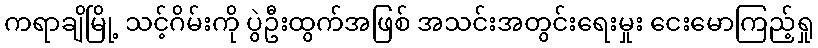
ကရာချိမြို့ သင့်ဂိမ်းကို ပွဲဦးထွက်အဖြစ် အသင်းအတွင်းရေးမှုး ငေးမောကြည့်ရှု